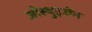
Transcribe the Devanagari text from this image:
ओस्थुइजेन